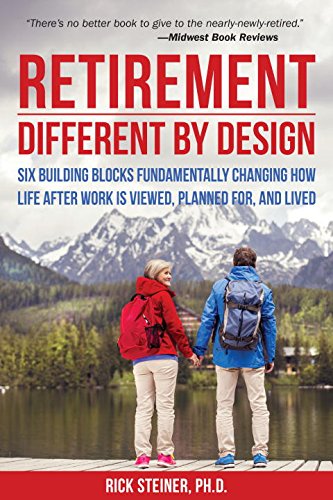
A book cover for Retirement: Different by Design: Six Building Blocks Fundamentally Changing How Life After Work is Viewed, Planned For, and Lived; Rick Steiner Ph.D.; Health, Fitness & Dieting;